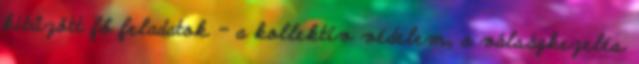
kitűzött fő feladatok - a kollektív védelem, a válságkezelés